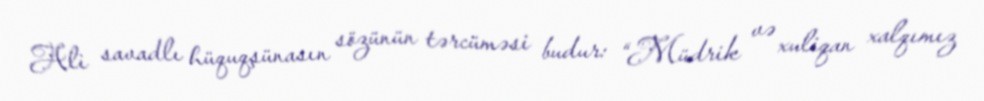
Ali savadlı hüquqşünasın sözünün tərcüməsi budur: “Müdrik və xuliqan xalqımız